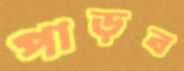
পাড়ব